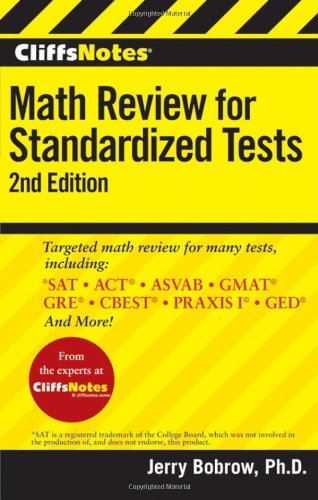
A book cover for CliffsNotes Math Review for Standardized Tests, 2nd Edition (CliffsTestPrep); Jerry Bobrow; Science & Math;